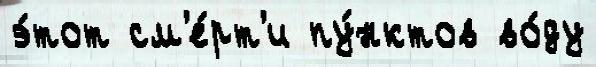
э́тот см'е́рт'и пу́нктов во́ду